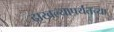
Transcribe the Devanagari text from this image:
दाखल्यापर्यंतच्या